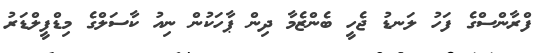
ފްރާންސްގެ ފަހު ލަނޑު ޖެހީ ބެންޒެމާ ދިން ޕާހަކުން ނިއު ކާސަލްގެ މިޑްފީލްޑަރު